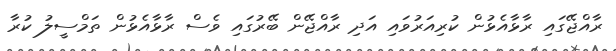
ރާއްޖޭގައި ރާޅާއެޅުން ކުރިއަރުވައި އަދި ރާއްޖޭން ބޭރުގައި ވެސް ރާޅާއެޅުން ތަމްސީލު ކުރާ